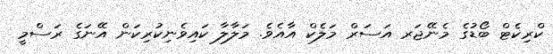
ކްރިކެޓް ބޯޑުގެ މެނޭޖަރ އަސަރް މަލެކް އާއެވެ. މަލާލާ ކައިވެނިކުރިކަން އޭނަގެ ރަސްމީ